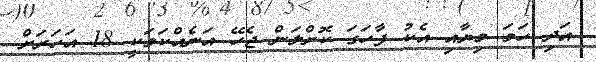
އަދި ހަމަ މިޔާއި އެކު ފާހަގަ ކޮށްލަން ޖެހޭ އަނެއްކަމަކީ 18 އަހަރަށް